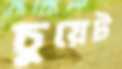
চুয়েট